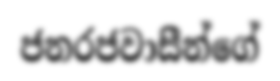
ජනරජවාසීන්ගේ